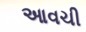
આવચી